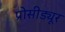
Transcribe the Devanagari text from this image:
प्रोसीड्यूर